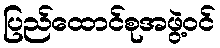
ပြည်ထောင်စုအဖွဲ့ဝင်